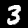
Label: 3